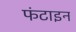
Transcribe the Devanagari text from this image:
फंटाइन